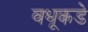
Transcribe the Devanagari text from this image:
वधूकडे